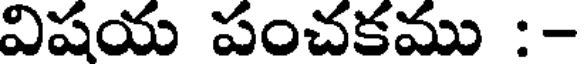
విషయ పంచకము :-